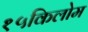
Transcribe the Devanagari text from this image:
१५किलोम